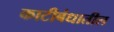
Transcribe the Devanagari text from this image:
काटीबंधातील